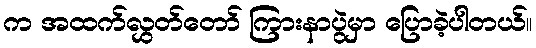
က အထက်လွှတ်တော် ကြားနာပွဲမှာ ပြောခဲ့ပါတယ်။